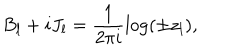
B _ { l } + i J _ { l } = \frac 1 { 2 \pi i } \log ( \pm z _ { l } ) ,